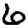
Digit: 6